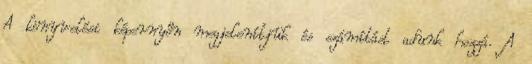
A könyvelési képernyőn megjelenítjük és számítást adunk hozzá. A